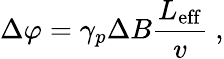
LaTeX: \Delta\varphi=\gamma_{p}\Delta B\frac{L_{\mathrm{eff}}}{v}\ ,